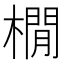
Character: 橌